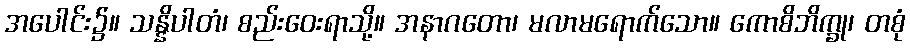
အပေါင်း၌။ သန္နိပါတံ၊ စည်းဝေးရာသို့။ အနာဂတော၊ မလာမရောက်သော။ ကောစိဘိက္ခု၊ တစုံ